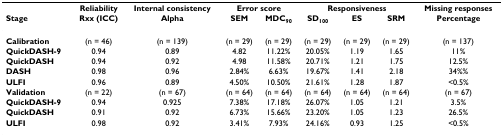
<table><thead><tr><td></td><td><b>Reliability</b></td><td><b>Internal consistency</b></td><td colspan="2"><b>Error score</b></td><td colspan="3"><b>Responsiveness</b></td><td><b>Missing responses</b></td></tr><tr><td><b>Stage</b></td><td><b>Rxx (ICC)</b></td><td><b>Alpha</b></td><td><b>SEM</b></td><td><b>MDC<sub>90</sub></b></td><td><b>SD<sub>100</sub></b></td><td><b>ES</b></td><td><b>SRM</b></td><td><b>Percentage</b></td></tr></thead><tbody><tr><td><b>Calibration</b></td><td>(n = 46)</td><td>(n = 139)</td><td>(n = 29)</td><td>(n = 29)</td><td>(n = 29)</td><td>(n = 29)</td><td>(n = 29)</td><td>(n = 137)</td></tr><tr><td><b>QuickDASH-9</b></td><td>0.94</td><td>0.89</td><td>4.82</td><td>11.22%</td><td>20.05%</td><td>1.19</td><td>1.65</td><td>11%</td></tr><tr><td><b>QuickDASH</b></td><td>0.94</td><td>0.92</td><td>4.98</td><td>11.58%</td><td>20.71%</td><td>1.21</td><td>1.75</td><td>12.5%</td></tr><tr><td><b>DASH</b></td><td>0.98</td><td>0.96</td><td>2.84%</td><td>6.63%</td><td>19.67%</td><td>1.41</td><td>2.18</td><td>34%%</td></tr><tr><td><b>ULFI</b></td><td>0.96</td><td>0.89</td><td>4.50%</td><td>10.50%</td><td>21.61%</td><td>1.28</td><td>1.87</td><td>&lt;0.5%</td></tr><tr><td><b>Validation</b></td><td>(n = 22)</td><td>(n = 67)</td><td>(n = 64)</td><td>(n = 64)</td><td>(n = 64)</td><td>(n = 64)</td><td>(n = 64)</td><td>(n = 67)</td></tr><tr><td><b>QuickDASH-9</b></td><td>0.94</td><td>0.925</td><td>7.38%</td><td>17.18%</td><td>26.07%</td><td>1.05</td><td>1.21</td><td>3.5%</td></tr><tr><td><b>QuickDASH</b></td><td>0.91</td><td>0.92</td><td>6.73%</td><td>15.66%</td><td>23.20%</td><td>1.05</td><td>1.23</td><td>26.5%</td></tr><tr><td><b>ULFI</b></td><td>0.98</td><td>0.92</td><td>3.41%</td><td>7.93%</td><td>24.16%</td><td>0.93</td><td>1.25</td><td>&lt;0.5%</td></tr></tbody></table>